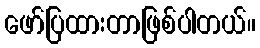
ဖော်ပြထားတာဖြစ်ပါတယ်။